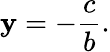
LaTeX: \mathbf{y}=-{\frac{{c}}{{b}}}.